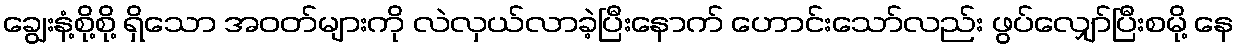
ချွေးနံ့စို့စို့ ရှိသော အဝတ်များကို လဲလှယ်လာခဲ့ပြီးနောက် ဟောင်းသော်လည်း ဖွပ်လျှော်ပြီးစမို့ နေ